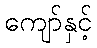
ကျော်နှင့်